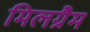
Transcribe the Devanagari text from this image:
मिलग्रैम